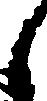
候